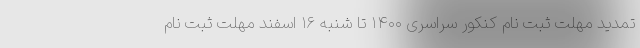
تمدید مهلت ثبت نام کنکور سراسری ۱۴۰۰ تا شنبه ۱۶ اسفند مهلت ثبت نام